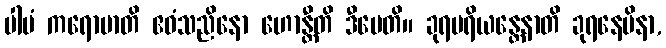
ပါပံ ကရောမာတိ ဧဝံသညိနော ဟောန္တီတိ ဒီပေတိ။ ခုရပရိယန္တေနာတိ ခုရနေမိနာ,